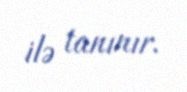
ilə tanınır.